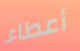
أعطاء